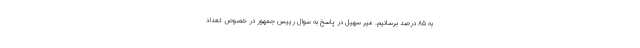
به ۸۵ درصد برسانیم. میر سهیل در پاسخ به سوال رییس جمهور در خصوص تعداد